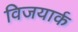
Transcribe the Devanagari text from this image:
विजयार्क